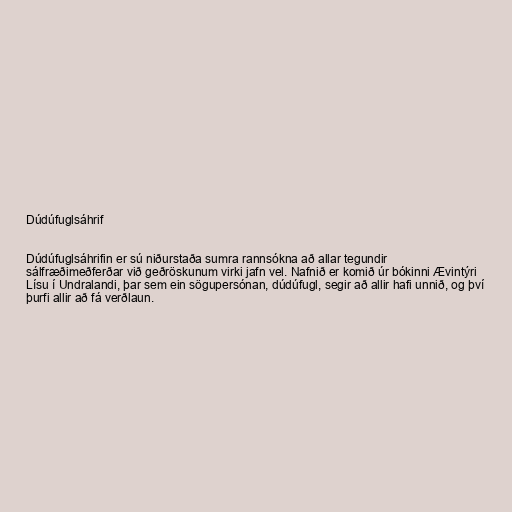
Dúdúfuglsáhrif

Dúdúfuglsáhrifin er sú niðurstaða sumra rannsókna að allar tegundir
sálfræðimeðferðar við geðröskunum virki jafn vel. Nafnið er komið úr bókinni Ævintýri
Lísu í Undralandi, þar sem ein sögupersónan, dúdúfugl, segir að allir hafi unnið, og því
þurfi allir að fá verðlaun.